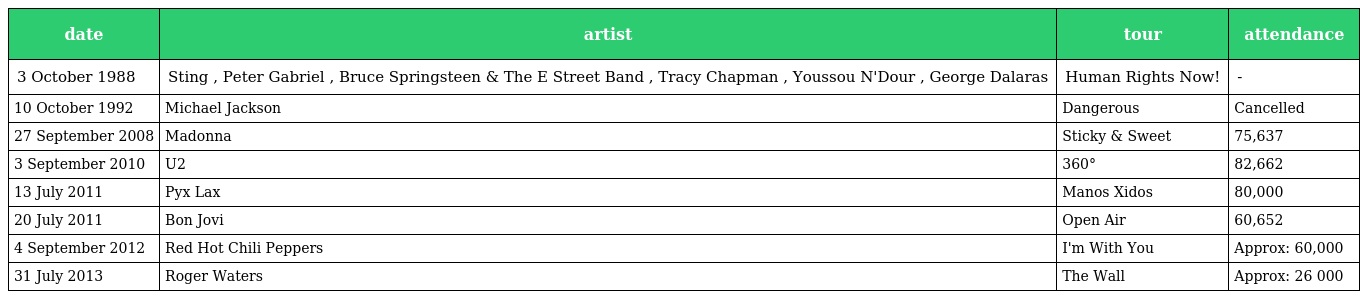
| date | artist | tour | attendance |
 | --- | --- | --- | --- |
 | 3 October 1988 | Sting , Peter Gabriel , Bruce Springsteen & The E Street Band , Tracy Chapman , Youssou N'Dour , George Dalaras | Human Rights Now! | - |
 | 10 October 1992 | Michael Jackson | Dangerous | Cancelled |
 | 27 September 2008 | Madonna | Sticky & Sweet | 75,637 |
 | 3 September 2010 | U2 | 360° | 82,662 |
 | 13 July 2011 | Pyx Lax | Manos Xidos | 80,000 |
 | 20 July 2011 | Bon Jovi | Open Air | 60,652 |
 | 4 September 2012 | Red Hot Chili Peppers | I'm With You | Approx: 60,000 |
 | 31 July 2013 | Roger Waters | The Wall | Approx: 26 000 |